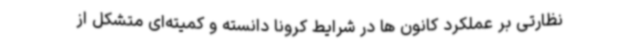
نظارتی بر عملکرد کانون ها در شرایط کرونا دانسته و کمیته‌ای متشکل از